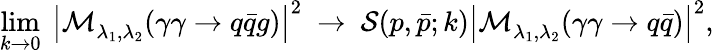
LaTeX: \operatorname*{lim}_{k\to 0}\ \left|{\cal M}_{\lambda_{1},\lambda_{2}}^{}(\gamma\gamma\to q\bar{q}g)\right|^{2}\ \to\ {\cal S}(p,\bar{p};k)\left|{\cal M}_{\lambda_{1},\lambda_{2}}^{}(\gamma\gamma\to q\bar{q})\right|^{2},